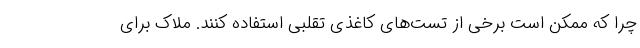
چرا که ممکن است برخی از تست‌های کاغذی تقلبی استفاده کنند. ملاک برای